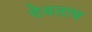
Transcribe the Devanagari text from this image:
देवताच